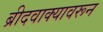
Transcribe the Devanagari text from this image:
ब्रीदवाक्यावरून